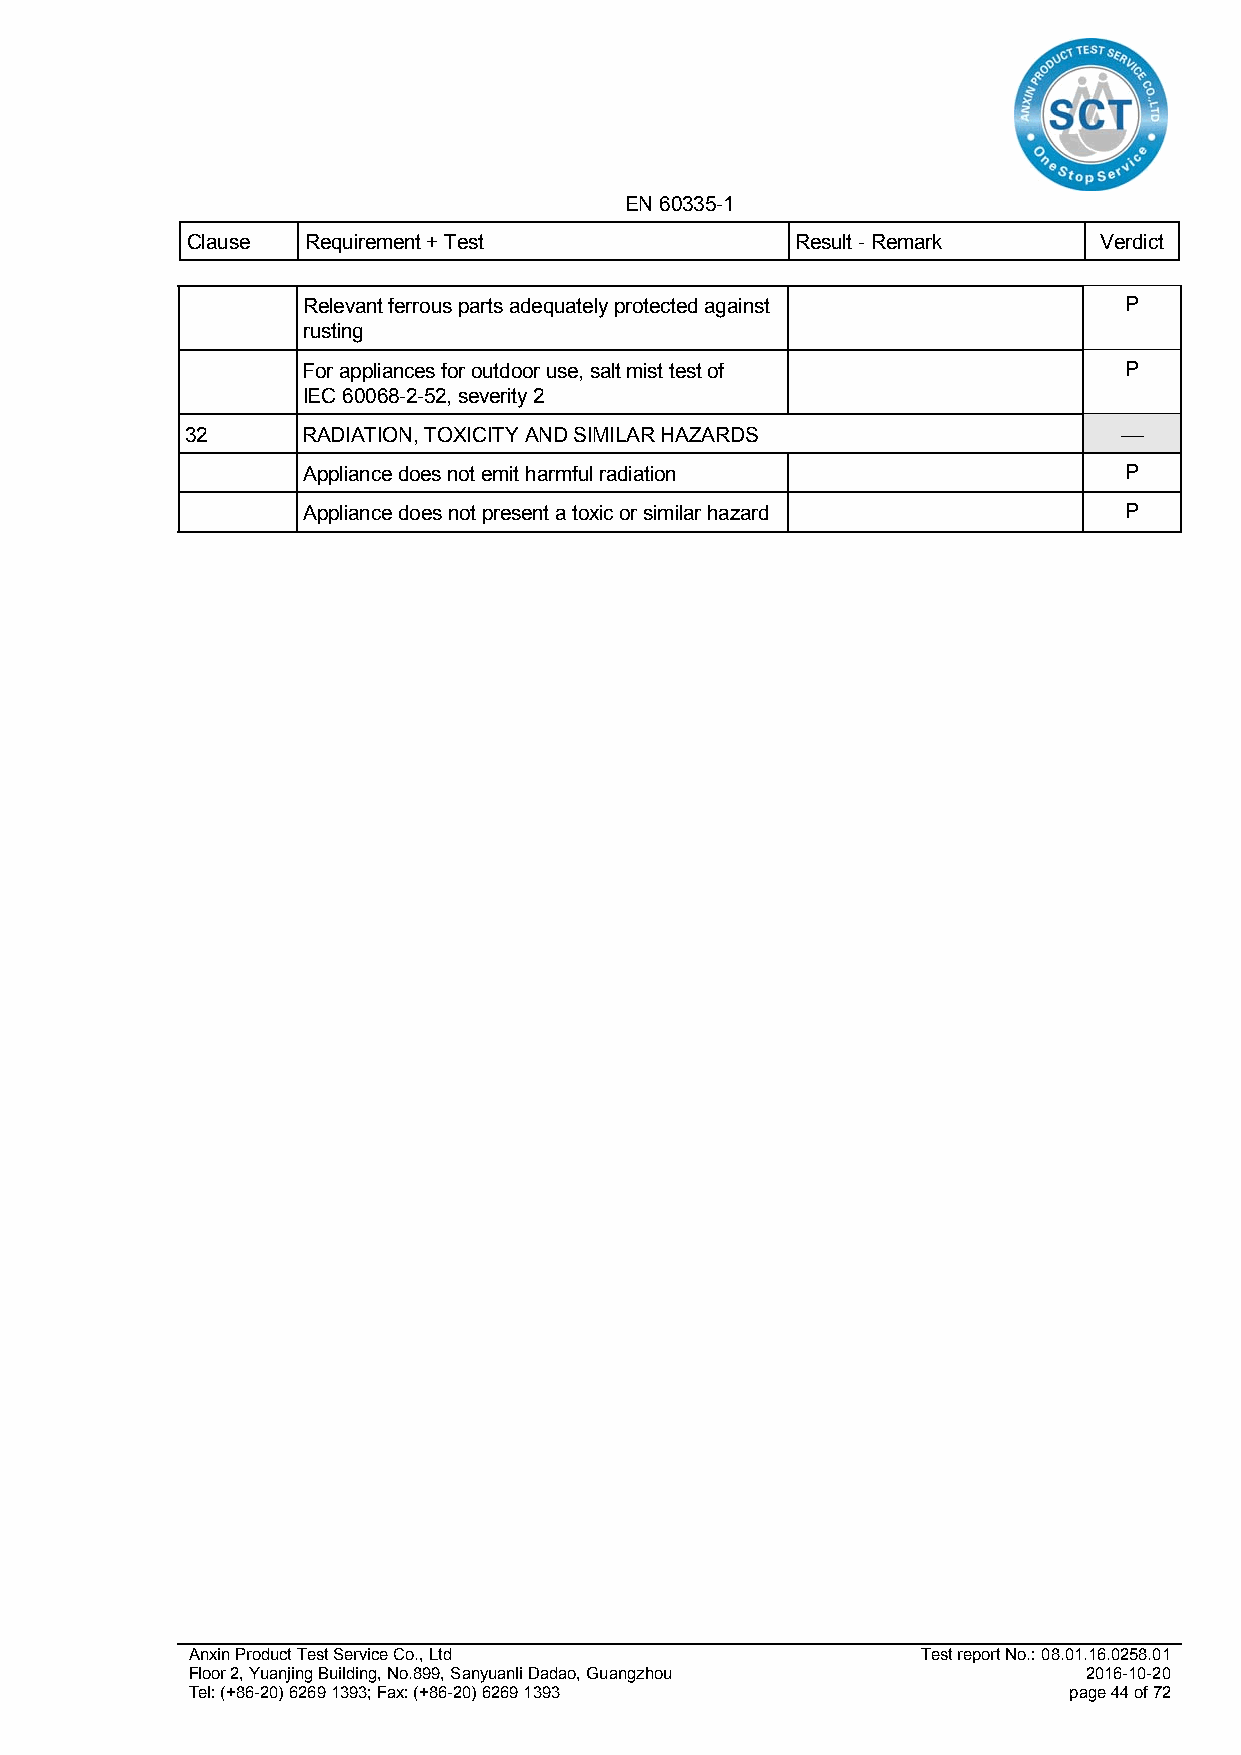
EN 60335-1
 Clause  Requirement + Test               Result - Remark     Verdict
 Relevant ferrous parts adequately protected against   P
 rusting
 For appliances for outdoor use, salt mist test of     P
 IEC 60068-2-52, severity 2
 32      RADIATION, TOXICITY AND SIMILAR HAZARDS               
 Appliance does not emit harmful radiation             P
 Appliance does not present a toxic or similar hazard  P
 Anxin Product Test Service Co., Ltd              Test report No.: 08.01.16.0258.01
 Floor 2, Yuanjing Building, No.899, Sanyuanli Dadao, Guangzhou 2016-10-20
 Tel: (+86-20) 6269 1393; Fax: (+86-20) 6269 1393           page 44 of 72